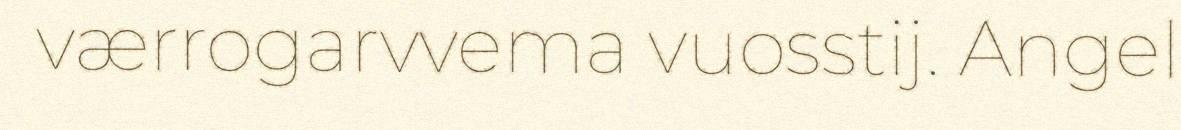
værrogarvvema vuosstij. Angel